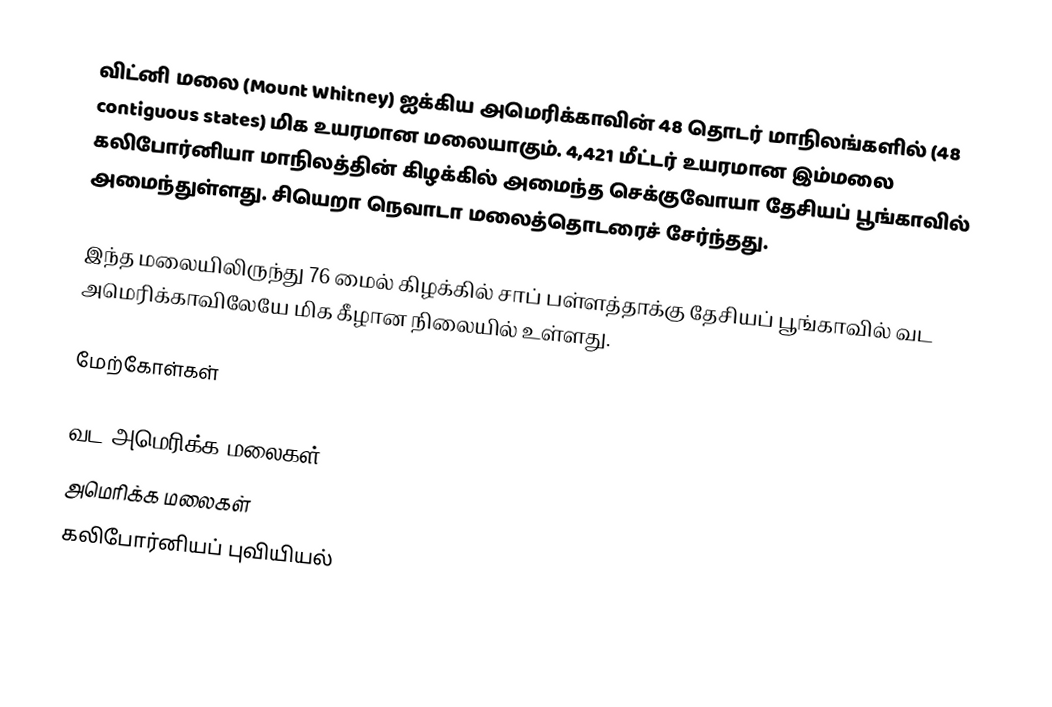
விட்னி மலை (Mount Whitney) ஐக்கிய அமெரிக்காவின் 48 தொடர் மாநிலங்களில் (48 contiguous states) மிக உயரமான மலையாகும். 4,421 மீட்டர் உயரமான இம்மலை கலிபோர்னியா மாநிலத்தின் கிழக்கில் அமைந்த செக்குவோயா தேசியப் பூங்காவில் அமைந்துள்ளது. சியெறா நெவாடா மலைத்தொடரைச் சேர்ந்தது.

இந்த மலையிலிருந்து 76 மைல் கிழக்கில் சாப் பள்ளத்தாக்கு தேசியப் பூங்காவில் வட அமெரிக்காவிலேயே மிக கீழான நிலையில் உள்ளது.

மேற்கோள்கள்

வட அமெரிக்க மலைகள்
அமெரிக்க மலைகள்
கலிபோர்னியப் புவியியல்